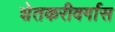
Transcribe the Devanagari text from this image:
शेतकरीवर्गास